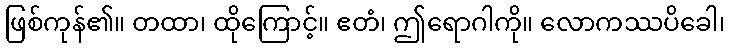
ဖြစ်ကုန်၏။ တထာ၊ ထိုကြောင့်။ ဧတံ၊ ဤရောဂါကို။ လောကဿပိခေါ၊